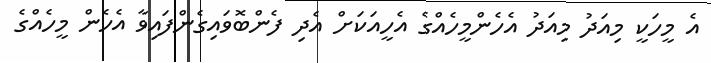
އެ މީހަކީ މިއަދު މިއަދު އެހެންމީހެއްގެ އެހީއަކަށް އެދި ފެންބޮވައިގެންފައިވާ އެހެން މީހެއްގެ